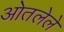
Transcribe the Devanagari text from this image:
ओतलेले